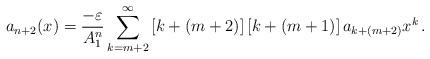
LaTeX: \begin{align*}a_{n+2}(x)=\frac{-\varepsilon}{A^n_1}\sum_{k=m+2}^\infty \left[k+(m+2)\right]\left[k+(m+1)\right]a_{k+(m+2)}x^{k}\, .\end{align*}